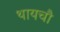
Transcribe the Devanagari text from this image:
थायचौ